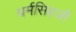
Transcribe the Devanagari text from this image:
धर्मसिंहजी